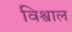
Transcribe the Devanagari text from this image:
विश्वाल